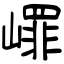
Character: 嶵